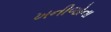
ખનીજોના